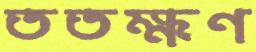
ততক্ষণ